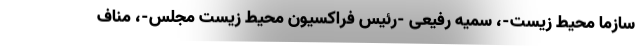
سازما محیط زیست-، سمیه رفیعی -رئیس فراکسیون محیط زیست مجلس-، مناف